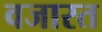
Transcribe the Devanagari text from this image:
वजारत